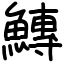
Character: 鱄